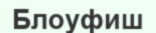
Блоуфиш